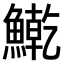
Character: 𫙱